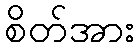
စိတ်အား